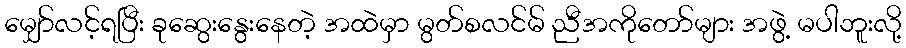
မျှော်လင့်ရပြီး ခုဆွေးနွေးနေတဲ့ အထဲမှာ မွတ်စလင်မ် ညီအကိုတော်များ အဖွဲ့ မပါဘူးလို့